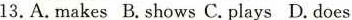
13.A.Makes B.Shows C. Plays D.Does